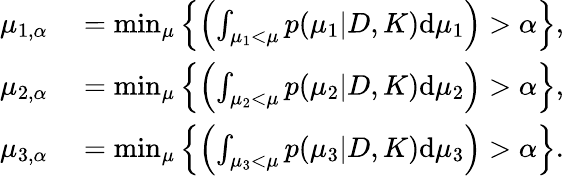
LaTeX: \begin{array}{rl}{\mu_{1,\alpha}}&{{}=\operatorname*{min}_{\mu}\left\{ \left(\int_{\mu_{1}<\mu}p(\mu_{1}|D,K)\textup{d}\mu_{1}\right)>\alpha\right\} ,}\\ {\mu_{2,\alpha}}&{{}=\operatorname*{min}_{\mu}\left\{ \left(\int_{\mu_{2}<\mu}p(\mu_{2}|D,K)\textup{d}\mu_{2}\right)>\alpha\right\} ,}\\ {\mu_{3,\alpha}}&{{}=\operatorname*{min}_{\mu}\left\{ \left(\int_{\mu_{3}<\mu}p(\mu_{3}|D,K)\textup{d}\mu_{3}\right)>\alpha\right\} .}\end{array}